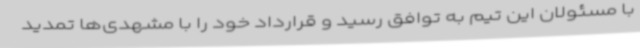
با مسئولان این تیم به توافق رسید و قرارداد خود را با مشهدی‌ها تمدید